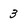
Character: 3